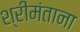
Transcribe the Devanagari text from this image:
श्रीमंताना